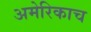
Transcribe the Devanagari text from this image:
अमेरिकाच